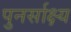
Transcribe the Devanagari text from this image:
पुनर्साक्ष्य